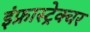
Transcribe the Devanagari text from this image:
इंफ्रास्ट्रेक्चर